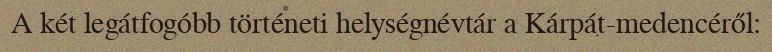
A két legátfogóbb történeti helységnévtár a Kárpát-medencéről: